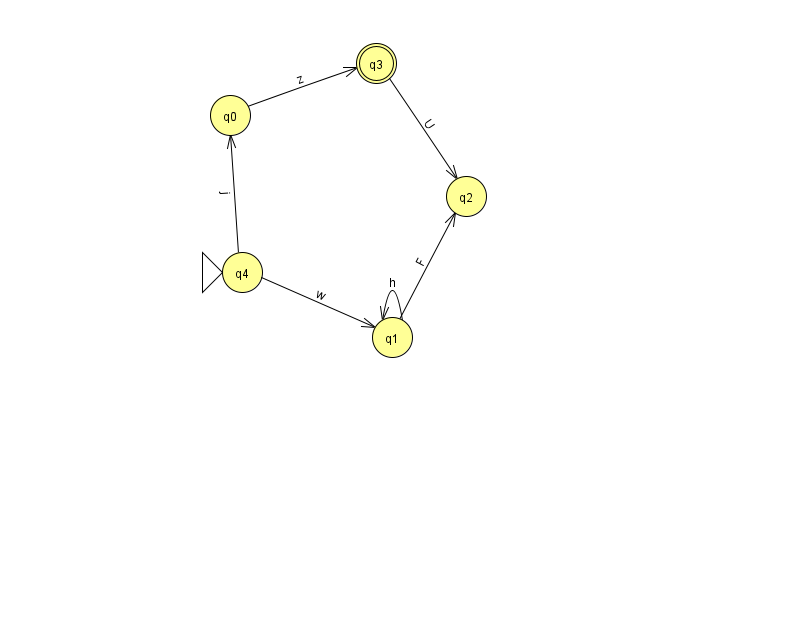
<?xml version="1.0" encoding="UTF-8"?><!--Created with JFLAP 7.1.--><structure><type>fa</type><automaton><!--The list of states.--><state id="0" name="q0"><x>230.0</x><y>102.0</y></state><state id="1" name="q1"><x>392.0</x><y>324.0</y></state><state id="2" name="q2"><x>466.0</x><y>183.0</y></state><state id="3" name="q3"><x>376.0</x><y>50.0</y><final/></state><state id="4" name="q4"><x>242.0</x><y>259.0</y><initial/></state><!--The list of transitions.--><transition><from>0</from><to>3</to><read>z</read></transition><transition><from>1</from><to>1</to><read>h</read></transition><transition><from>1</from><to>2</to><read>F</read></transition><transition><from>3</from><to>2</to><read>U</read></transition><transition><from>4</from><to>1</to><read>w</read></transition><transition><from>4</from><to>0</to><read>j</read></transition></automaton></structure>